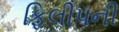
ફિલીપની